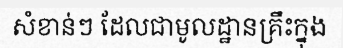
សំខាន់ៗ ដែលជាមូលដ្ឋានគ្រឹះក្នុង